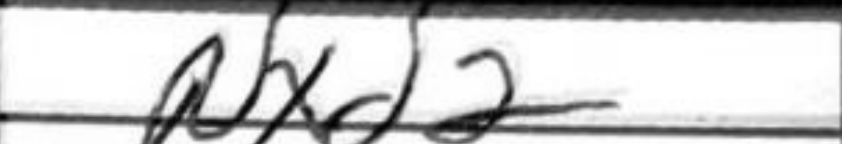
Transcription: Nxd2